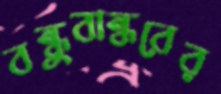
বন্ধুবান্ধবের